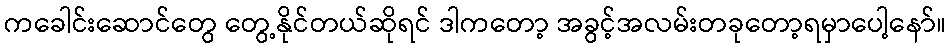
ကခေါင်းဆောင်တွေ တွေ့နိုင်တယ်ဆိုရင် ဒါကတော့ အခွင့်အလမ်းတခုတော့ရမှာပေါ့နော်။